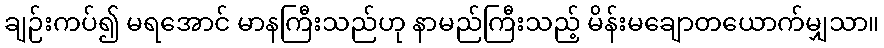
ချဉ်းကပ်၍ မရအောင် မာနကြီးသည်ဟု နာမည်ကြီးသည့် မိန်းမချောတယောက်မျှသာ။